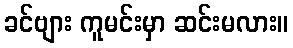
ခင်ဗျား ကူမင်းမှာ ဆင်းမလား။